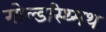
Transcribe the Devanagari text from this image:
गोल्डस्थ्मिथ